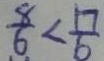
\frac { 8 } { 6 } < \frac { 1 7 } { 6 }